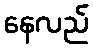
နေလည်